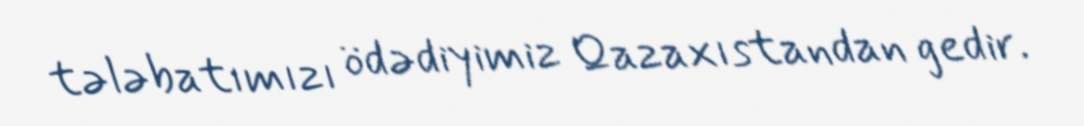
tələbatımızı ödədiyimiz Qazaxıstandan gedir.